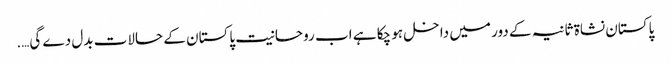
پاکستان نشاۃ ثانیہ کے دور میں داخل ہو چکا ہے اب روحانیت پاکستان کے حالات بدل دے گی….